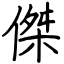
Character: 傑